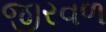
જીરવળ